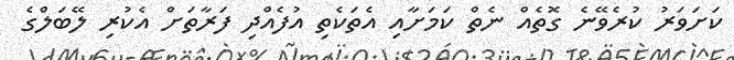
ކަށަވަރު ކުރެވޭނެ ގޮތެއް ނެތް ކަމަށާއި އެތަކެތި އުފެއްދި ފަރާތަށް އެކުރި ލޭބަލްގެ